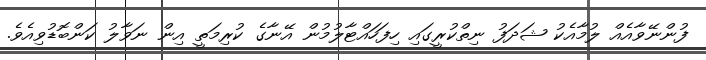
ފުންނޭވާއެއް ލުމާއެކު ޝަދަފު ނިތްކުރީގައި ހިފަހައްޓާލުމުން އޭނާގެ ކުރިމަތީ އިން ނަވާލު ކަންބޮޑުވިއެވެ.